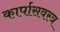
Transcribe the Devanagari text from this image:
कार्पासवस्त्र